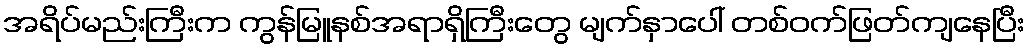
အရိပ်မည်းကြီးက ကွန်မြူနစ်အရာရှိကြီးတွေ မျက်နှာပေါ် တစ်ဝက်ဖြတ်ကျနေပြီး